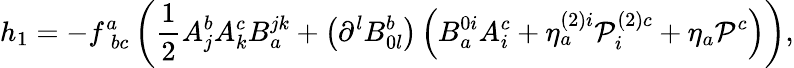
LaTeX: h_{1}=-f_{\; bc}^{a}\left(\frac{1}{2}A_{j}^{b}A_{k}^{c}B_{a}^{jk}+\left(\partial^{l}B_{0l}^{b}\right)\left(B_{a}^{0i}A_{i}^{c}+\eta_{a}^{\left(2\right)i}{\cal P}_{i}^{\left(2\right)c}+\eta_{a}{\cal P}^{c}\right)\right),